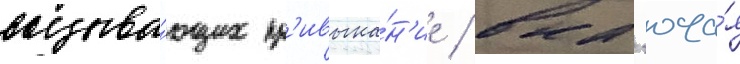
вызыва́ющих пр'ивыка́н'ие / вкл'юча́я